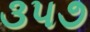
૩૫૭